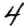
Digit: 4